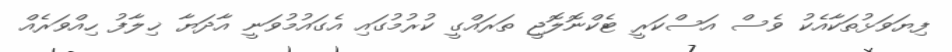
ފިޔަވަޅުތަކާއެކު ވެސް އަސްކަރީ ޓެކްނޮލޮޖީ ތަރައްގީ ކުރުމުގައި އެގައުމުވަނީ އާދަޔާ ޚިލާފު ހިއްވަރެއް